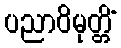
ပညာဝိမုတ္တိံ